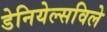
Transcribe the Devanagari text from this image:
डेनियेल्सविले